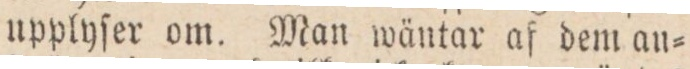
upplyſer om. Man wäntar af dem an=